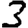
Digit: 3